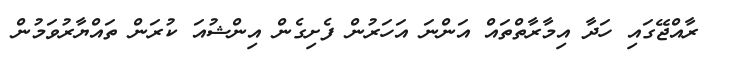
ރާއްޖޭގައި ހަދާ އިމާރާތްތައް އަންނަ އަހަރުން ފެށިގެން އިންޝުއަ ކުރަން ތައްޔާރުވަމުން